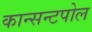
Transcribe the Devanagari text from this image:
कान्सन्टपोल